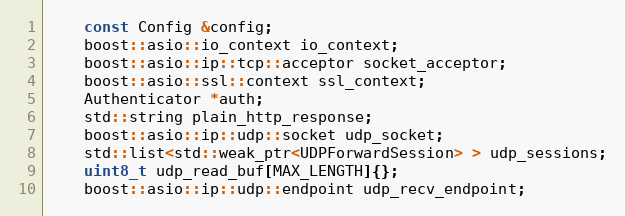
Language: C
    const Config &config;
    boost::asio::io_context io_context;
    boost::asio::ip::tcp::acceptor socket_acceptor;
    boost::asio::ssl::context ssl_context;
    Authenticator *auth;
    std::string plain_http_response;
    boost::asio::ip::udp::socket udp_socket;
    std::list<std::weak_ptr<UDPForwardSession> > udp_sessions;
    uint8_t udp_read_buf[MAX_LENGTH]{};
    boost::asio::ip::udp::endpoint udp_recv_endpoint;